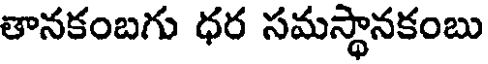
తానకంబగు ధర సమస్థానకంబు